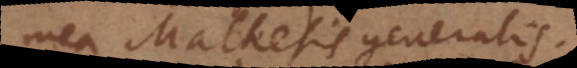
mea Mathesis generalis.